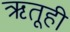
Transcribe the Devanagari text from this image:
ऋतूही